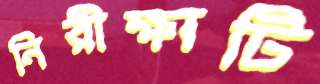
নিরীক্ষাটি